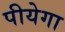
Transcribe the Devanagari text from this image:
पीयेगा